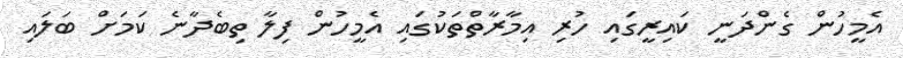
އެމީހުން ގެންދަނީ ކައިރީގައި ހުރި އިމާރާތްތަކުގައި އެމީހުން ފިލާ ތިބެދާނެ ކަމަށް ބަލައި